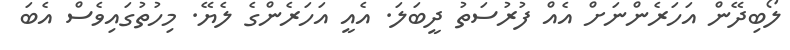
ލޯބިދޭން އަހަރެންނަށް އެއް ފުރުސަތު ދީބަލަ. އެއީ އަހަރެންގެ ލެޔޭ. މިހުތުގައިވެސް އެބަ